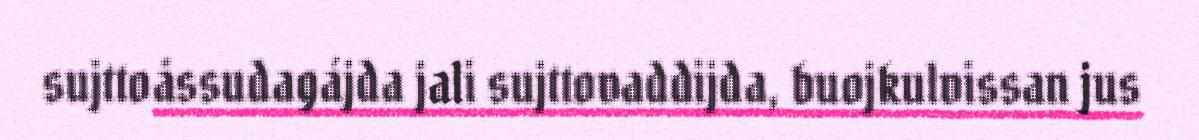
sujttoåssudagájda jali sujttovaddijda, buojkulvissan jus